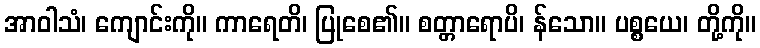
အာဝါသံ၊ ကျောင်းကို။ ကာရေတိ၊ ပြုစေ၏။ စတ္တာရောပိ၊ န်သော။ ပစ္စယေ၊ တို့ကို။